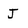
Character: J